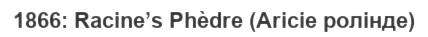
1866: Racine’s Phèdre (Aricie ролінде)